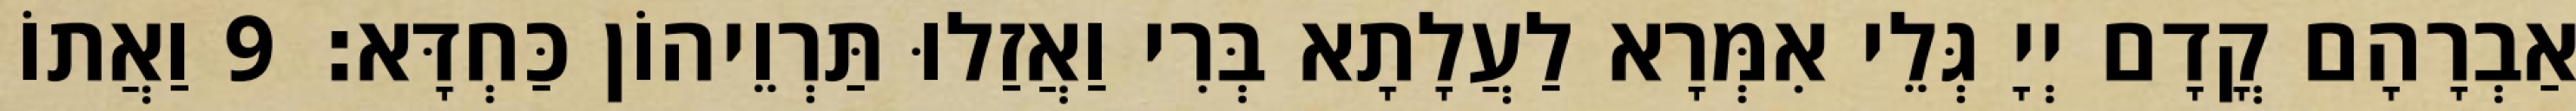
אַבְרָהָם קֳדָם יְיָ גְּלֵי אִמְּרָא לַעֲלָתָא בְּרִי וַאֲזַלוּ תַּרְוֵיהוֹן כַּחְדָּא׃ 9 וַאֲתוֹ